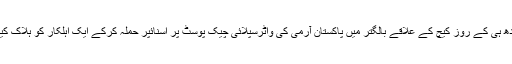
بدھ ہی کے روز کیچ کے علاقے بالگتر میں پاکستان آرمی کی واٹرسپلائی چیک پوسٹ پر اسنائپر حملہ کرکے ایک اہلکار کو ہلاک کیا۔